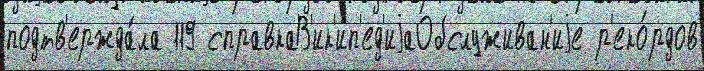
подтв'ержда́ла 119 справкаВ'ик'ип'ед'иjаОбслуживан'иjе р'еко́рдов